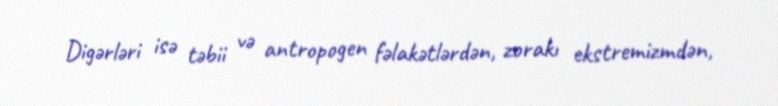
Digərləri isə təbii və antropogen fəlakətlərdən, zorakı ekstremizmdən,